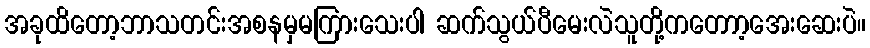
အခုထိတော့ဘာသတင်းအစနမှမကြားသေးပါ ဆက်သွယ်ပီမေးလဲသူတို့ကတောာ့အေးဆေးပဲ။